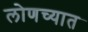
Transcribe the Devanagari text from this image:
लोणच्यात